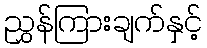
ညွှန်ကြားချက်နှင့်